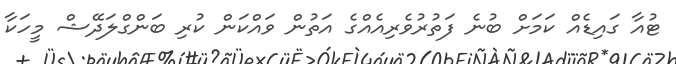
ޓުއާ ގައިޑެއް ކަމަށް ބުނެ ފަތުރުވެރިއެއްގެ އަތުން ވައްކަން ކުރި ބަންގްލަދޭޝް މީހަކާ